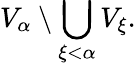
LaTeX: V_{\alpha}\setminus\bigcup_{\xi<\alpha}V_{\xi}.